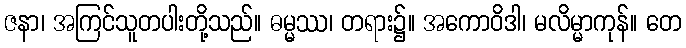
ဇနာ၊ အကြင်သူတပါးတို့သည်။ ဓမ္မဿ၊ တရား၌။ အကောဝိဒါ၊ မလိမ္မာကုန်။ တေ